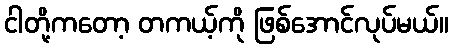
ငါတို့ကတော့ တကယ့်ကို ဖြစ်အောင်လုပ်မယ်။